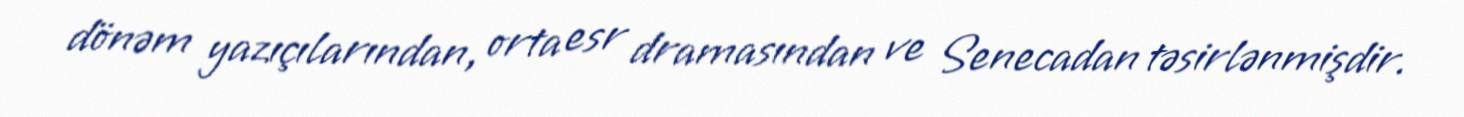
dönəm yazıçılarından, orta esr dramasından ve Senecadan təsirlənmişdir.